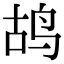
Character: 鸪